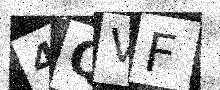
Text: 4QVF